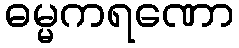
ဓမ္မကရဏော